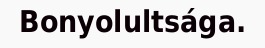
Bonyolultsága.